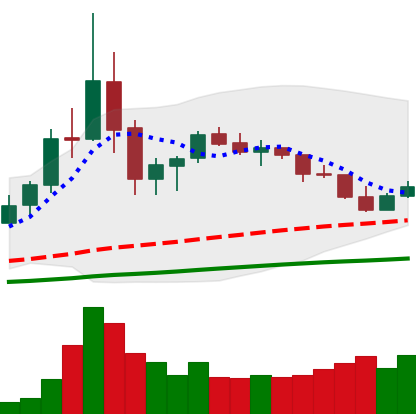
Ticker: TRX-USD
Chart end date: 2020-09-18
Forward return: -14.542%
Label: down_7plus